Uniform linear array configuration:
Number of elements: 8
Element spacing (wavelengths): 0.5
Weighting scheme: hamming
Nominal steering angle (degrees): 30
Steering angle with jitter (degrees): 28.334
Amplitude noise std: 0.05
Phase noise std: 0.05

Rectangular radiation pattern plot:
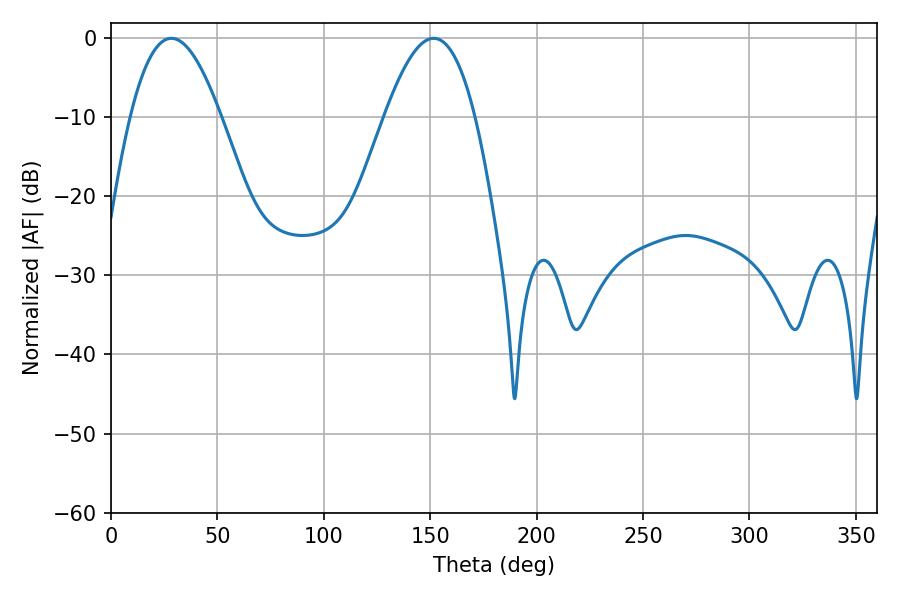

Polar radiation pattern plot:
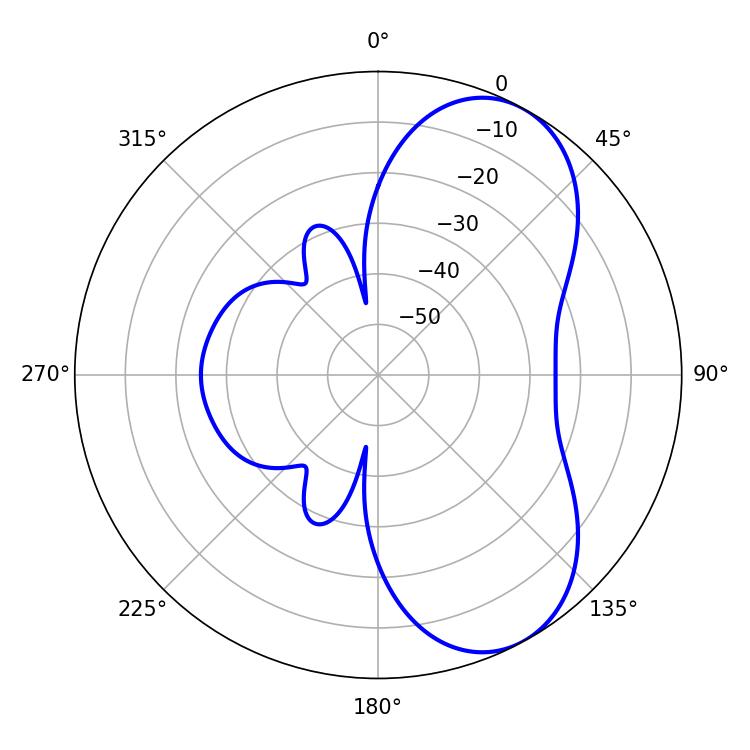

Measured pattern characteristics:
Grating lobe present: FALSE
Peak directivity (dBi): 6.695
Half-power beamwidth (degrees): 23.04
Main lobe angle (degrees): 28.44